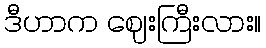
ဒီဟာက ဈေးကြီးလား။